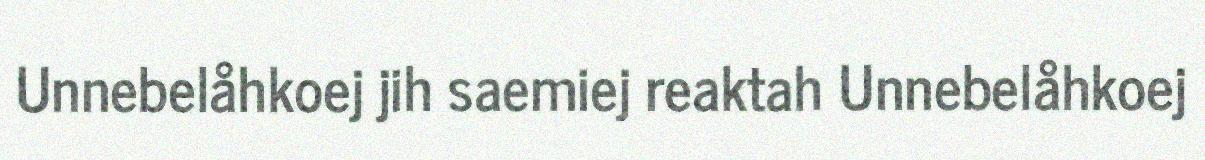
Unnebelåhkoej jih saemiej reaktah Unnebelåhkoej